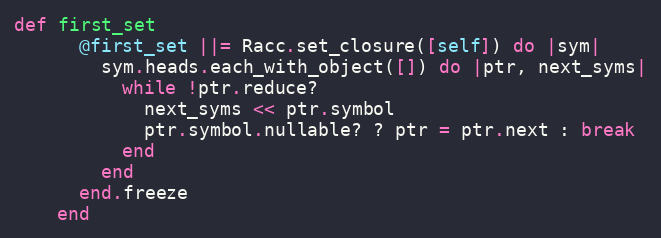
Language: Ruby
def first_set
      @first_set ||= Racc.set_closure([self]) do |sym|
        sym.heads.each_with_object([]) do |ptr, next_syms|
          while !ptr.reduce?
            next_syms << ptr.symbol
            ptr.symbol.nullable? ? ptr = ptr.next : break
          end
        end
      end.freeze
    end